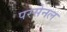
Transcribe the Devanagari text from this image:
परसेनल